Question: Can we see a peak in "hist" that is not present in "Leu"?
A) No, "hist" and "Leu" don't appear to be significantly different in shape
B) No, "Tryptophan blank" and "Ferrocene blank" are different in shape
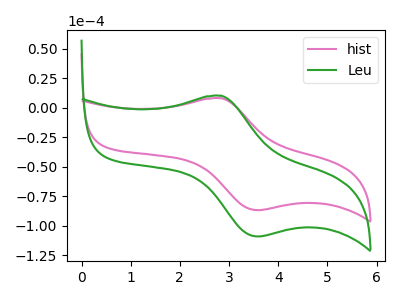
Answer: <think>The pink curve "hist" has an anodic peak at (2.85V, 8.10uA) and a cathodic peak at (3.60V, -86.90uA). The green curve "Leu" has an anodic peak at (2.85V, 10.20uA) and a cathodic peak at (3.60V, -109.20uA).
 All the peaks in "hist" have a peak in "Leu" at the same potential. Every peak in "hist" is lower than every peak in "Leu".</think>
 <answer>A) No, "hist" and "Leu" don't appear to be significantly different in shape</answer>
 <eval>A</eval>